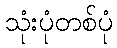
သုံးပုံတစ်ပုံ